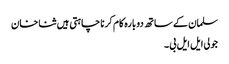
سلمان کے ساتھ دوبارہ کام کرنا چاہتی ہیں ثنا خان
جولی ایل ایل بی ۔